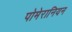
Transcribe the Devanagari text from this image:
पोमेरानियन